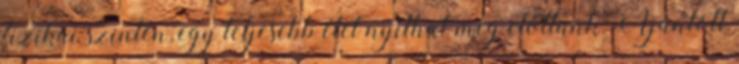
fizikai szinten, egy teljesebb élet nyílhat meg előttünk. Ajánlott